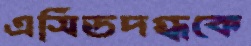
এসিডদগ্ধকে